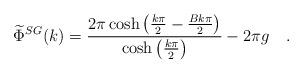
LaTeX: \begin{align*}\widetilde{\Phi }^{SG}(k)=\frac{2\pi \cosh \left( \frac{k\pi }{2}-\frac{Bk\pi }{2}\right)}{\cosh \left( \frac{k\pi }{2}\right) }-2\pi g\quad .\end{align*}